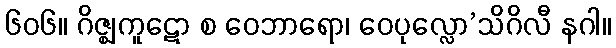
၆၀၆။ ဂိဇ္ဈကူဋော စ ဝေဘာရော၊ ဝေပုလ္လော’သိဂိလီ နဂါ။